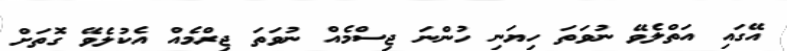
އޭގައި އަތްލެވޭ ނުވަތަ ހިޔަނި ހުންނަ ޖިސްމެއް ނުވަތަ ޖިރްމެއް އެކުލެވޭ ގޮތަށް